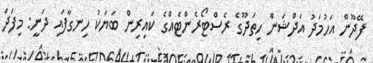
ފޭދޫން އަހުމަދު އަދްޝަން ހިތަދޫގެ ރެސްޓޯރެންޓެއްގެ ކައިރިން ބަޔަކު ހިނގާފައި ދަނީ: މިފަދަ